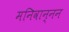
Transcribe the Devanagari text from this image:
मनिवान्नन